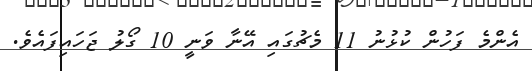
އެންމެ ފަހުން ކުޅުނު 11 މެޗުގައި އޭނާ ވަނީ 10 ގޯލު ޖަހައިފައެވެ.